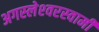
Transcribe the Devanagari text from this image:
अगस्‍लेश्‍वरस्‍वामी